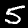
Label: 5